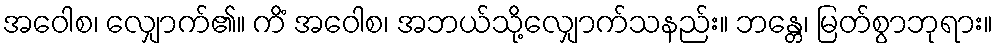
အဝေါစ၊ လျှောက်၏။ ကိံ အဝေါစ၊ အဘယ်သို့လျှောက်သနည်း။ ဘန္တေ၊ မြတ်စွာဘုရား။